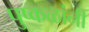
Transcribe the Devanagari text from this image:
पुष्कळांनी